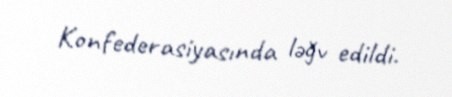
Konfederasiyasında ləğv edildi.